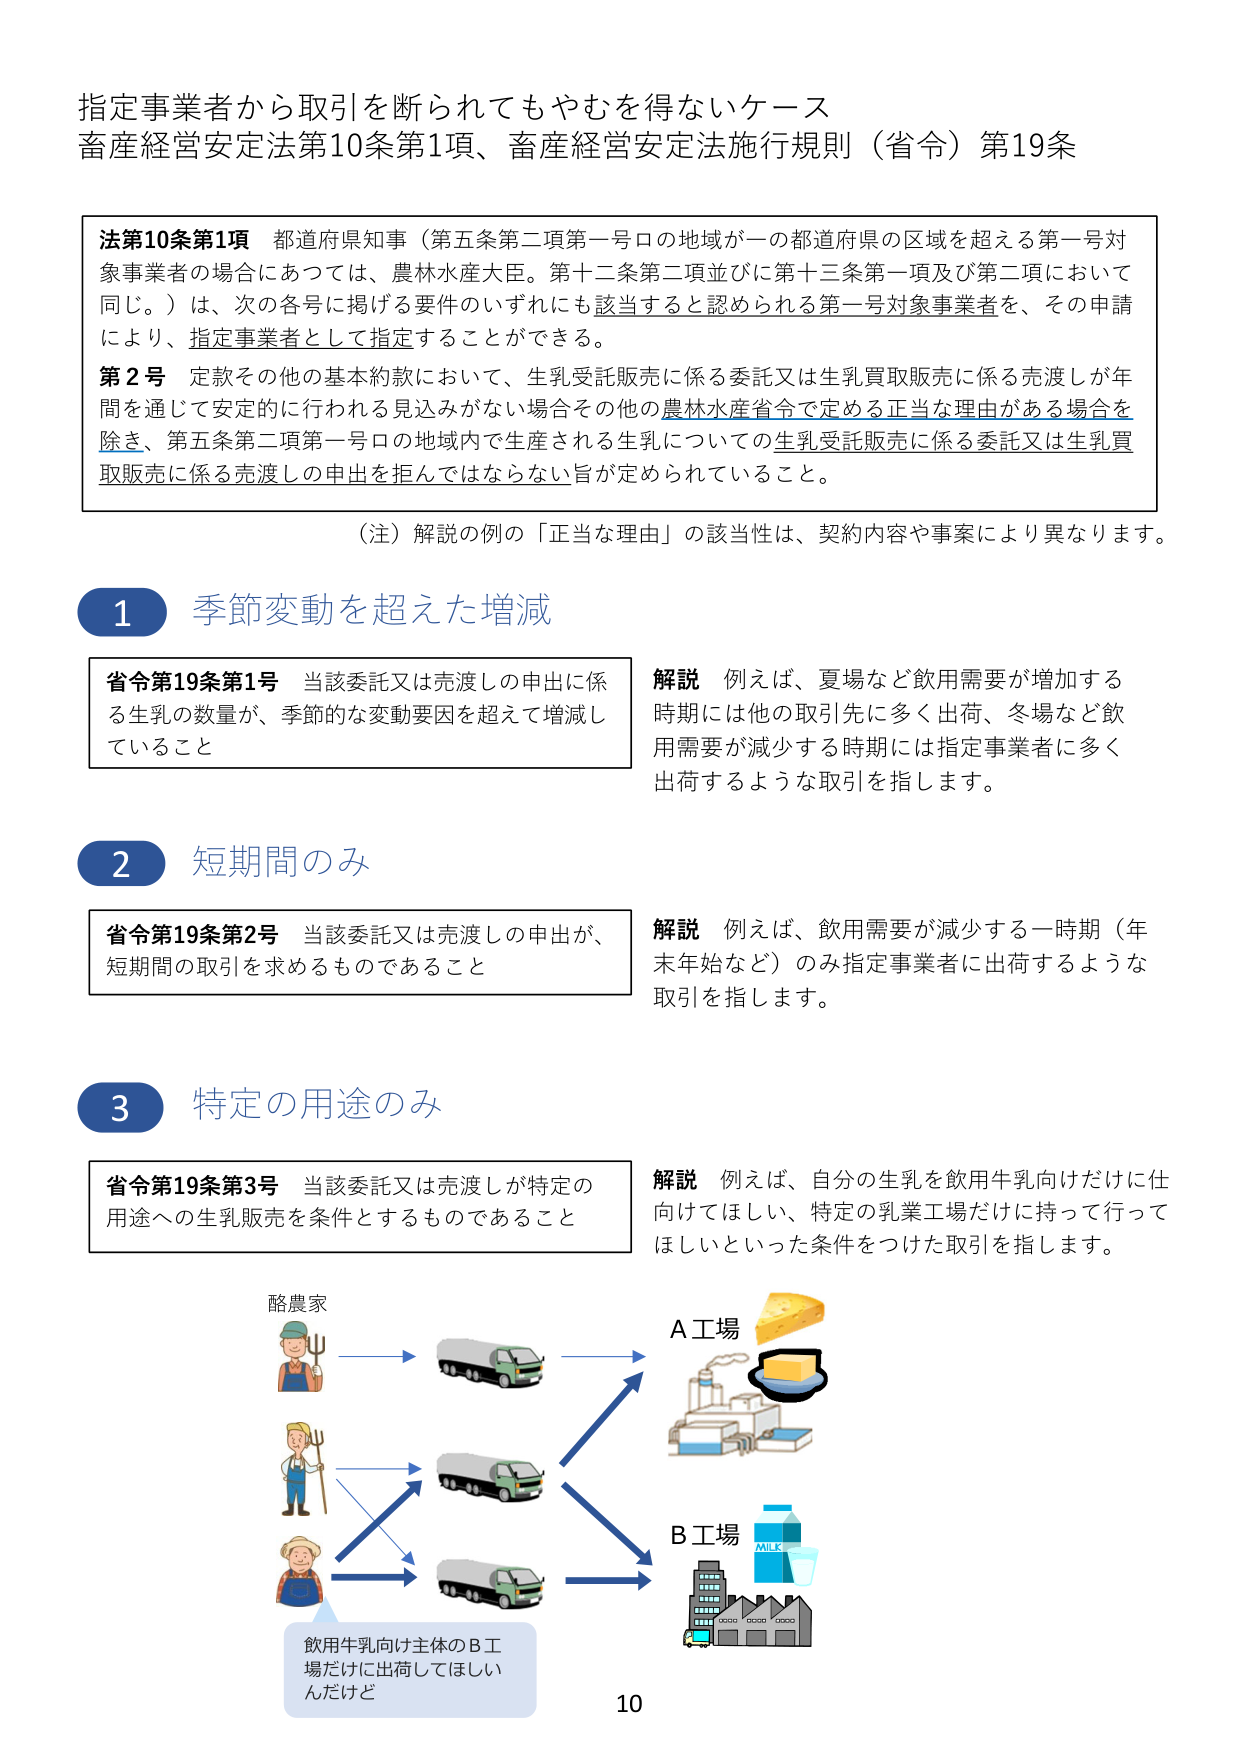
指定事業者から取引を断られてもやむを得ないケース
畜産経営安定法第10条第1項、畜産経営安定法施行規則（省令）第19条

法第10条第1項 都道府県知事（第五条第二項第一号ロの地域が一の都道府県の区域を超える第一号対象事業者の場合にあつては、農林水産大臣。第十二条第二項並びに第十三条第一項及び第二項において同じ。）は、次の各号に掲げる要件のいずれにも該当すると認められる第一号対象事業者を、その申請により、指定事業者として指定することができる。
第2号 定款その他の基本約款において、生乳受託販売に係る委託又は生乳買取販売に係る売渡しが年間を通じて安定的に行われる見込みがない場合その他の農林水産省令で定める正当な理由がある場合を除き、第五条第二項第一号ロの地域内で生産される生乳についての生乳受託販売に係る委託又は生乳買取販売に係る売渡しの申出を拒んではならない旨が定められていること。

（注）解説の例の「正当な理由」の該当性は、契約内容や事案により異なります。

1 季節変動を超えた増減
省令第19条第1号 当該委託又は売渡しの申出に係る生乳の数量が、季節的な変動要因を超えて増減していること
解説 例えば、夏場など飲用需要が増加する時期には他の取引先に多く出荷、冬場など飲用需要が減少する時期には指定事業者に多く出荷するような取引を指します。

2 短期間のみ
省令第19条第2号 当該委託又は売渡しの申出が、短期間の取引を求めること
解説 例えば、飲用需要が減少する一時期（年末年始など）のみ指定事業者に出荷するような取引を指します。

3 特定の用途のみ
省令第19条第3号 当該委託又は売渡しが特定の用途への生乳販売を条件とするものであること
解説 例えば、自分の生乳を飲用牛乳向けだけに仕向けてほしい、特定の乳業工場だけに持って行ってほしいといった条件をつけた取引を指します。

酪農家
A工場
B工場
飲用牛乳向け主体のB工場だけに出荷してほしいんだけど
MILK
10